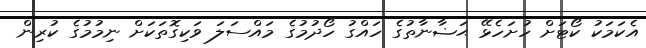
އެކަމަކު ކޯޓަށް ހުށަހެޅޭ ޙަޟާނާތުގެ ހައްގު ހޯދުމުގެ މައްސަލަ ވަކިގޮތަކަށް ނިމުމުގެ ކުރިން